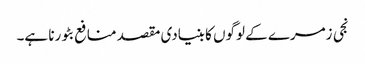
نجی زمرے کے لوگوں کا بنیادی مقصد منافع بٹورنا ہے۔